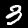
Label: 3